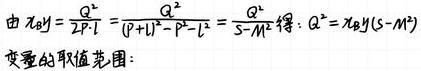
由$x_0y=\frac{Q^2}{2F\cdot1}=\frac{Q^2}{(P+L)^2 - P^2 - L^2}=\frac{Q^2}{S - M^2}$得：$Q^2 = x_0y(S - M^2)$
变量的取值范围：